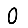
Digit: 0